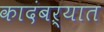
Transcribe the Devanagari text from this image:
कादंबऱ्यात